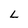
Character: L